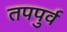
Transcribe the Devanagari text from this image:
तपपुर्व